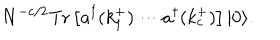
LaTeX: N ^ { - c / 2 } \mathrm { T r } \left[ a ^ { \dagger } ( k _ { 1 } ^ { + } ) \cdots a ^ { \dagger } ( k _ { c } ^ { + } ) \right] | 0 \rangle .